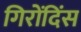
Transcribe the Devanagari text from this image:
गिरोंदिंस